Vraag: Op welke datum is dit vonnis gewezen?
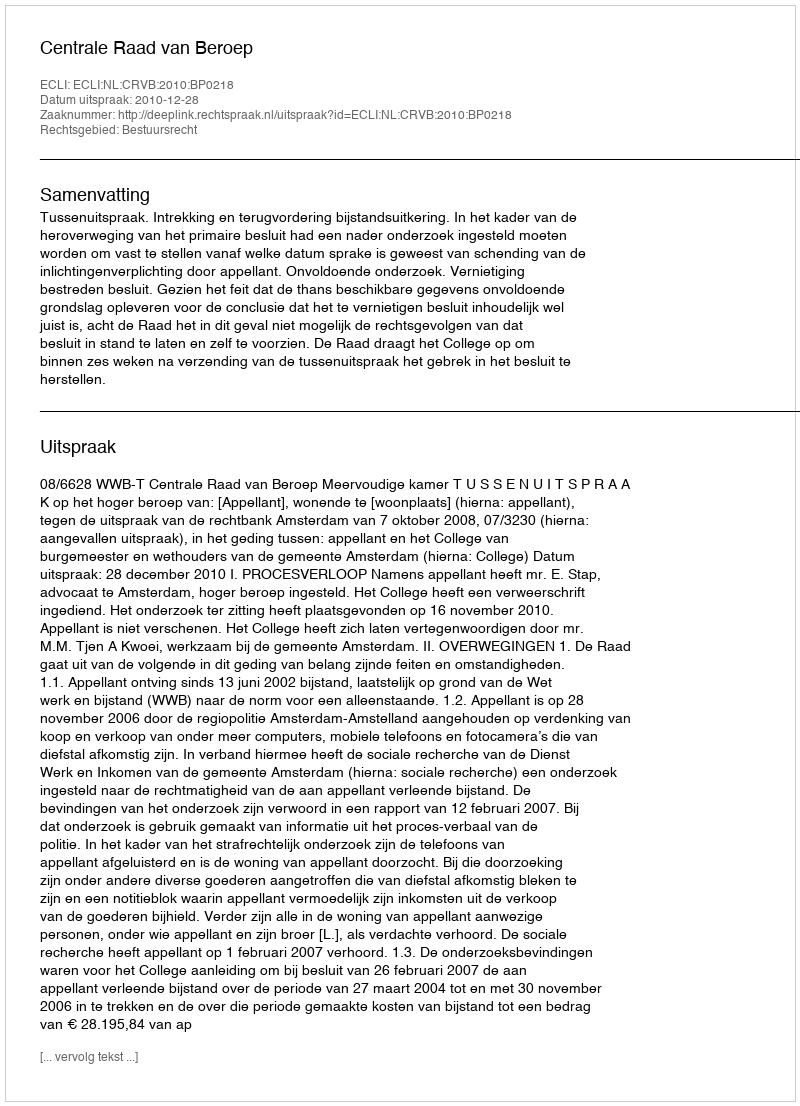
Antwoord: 2010-12-28